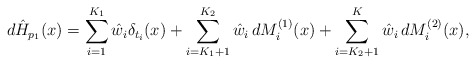
\begin{align*}d\hat{H}_{p_1}(x)=\sum^{K_1}_{i=1}\hat{w}_i\delta_{t_i}(x)+\sum^{K_2}_{i=K_1+1}\hat{w}_i\,dM^{(1)}_i(x)+\sum^{K}_{i=K_2+1}\hat{w}_i\,dM^{(2)}_i(x),\end{align*}